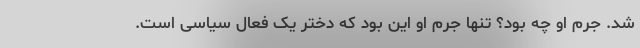
شد. جرم او چه بود؟ تنها جرم او این بود که دختر یک فعال سیاسی است.